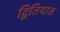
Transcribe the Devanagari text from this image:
द्वितियात